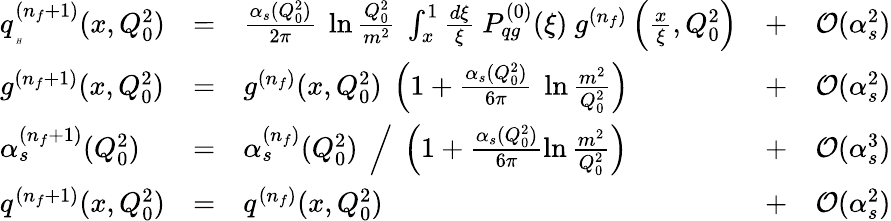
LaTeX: \begin{array}{lllll}{{q_{{}\atop{\tiny{H}}}^{(n_{f}+1)}(x,Q_{0}^{2})}}&{{=}}&{{\frac{\alpha_{s}(Q_{0}^{2})}{2\pi}\ \ln\frac{Q_{0}^{2}}{m^{2}}\ \int_{x}^{1}\frac{d\xi}{\xi}\ P_{qg}^{(0)}(\xi)\ g^{(n_{f})}\left(\frac{x}{\xi},Q_{0}^{2}\right)}}&{{+}}&{{{\cal{O}}(\alpha_{s}^{2})}}\\ {{g^{(n_{f}+1)}(x,Q_{0}^{2})}}&{{=}}&{{g^{(n_{f})}(x,Q_{0}^{2})\ \left(1+\frac{\alpha_{s}(Q_{0}^{2})}{6\pi}\ \ln\frac{m^{2}}{Q_{0}^{2}}\right)}}&{{+}}&{{{\cal{O}}(\alpha_{s}^{2})}}\\ {{\alpha_{s}^{(n_{f}+1)}(Q_{0}^{2})}}&{{=}}&{{\alpha_{s}^{(n_{f})}(Q_{0}^{2})\ \left/\ \left(1+\frac{\alpha_{s}(Q_{0}^{2})}{6\pi}\ln\frac{m^{2}}{Q_{0}^{2}}\right)\right.}}&{{+}}&{{{\cal{O}}(\alpha_{s}^{3})}}\\ {{q^{(n_{f}+1)}(x,Q_{0}^{2})}}&{{=}}&{{q^{(n_{f})}(x,Q_{0}^{2})}}&{{+}}&{{{\cal{O}}(\alpha_{s}^{2})}}\end{array}